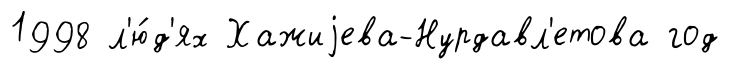
1998 л'ю́д'ях Хажиjева-Нурдавл'етова год